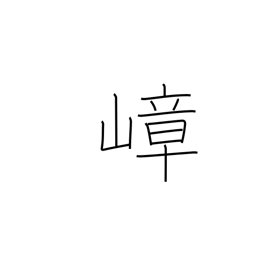
Meaning: lofty